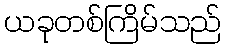
ယခုတစ်ကြိမ်သည်